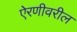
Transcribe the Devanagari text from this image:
ऐरणीवरील